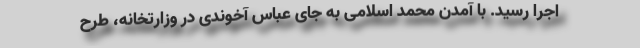
اجرا رسید. با آمدن محمد اسلامی به جای عباس آخوندی در وزارتخانه، طرح